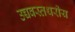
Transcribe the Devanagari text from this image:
उच्चवस्तथरीय